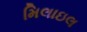
મિલાઇલ